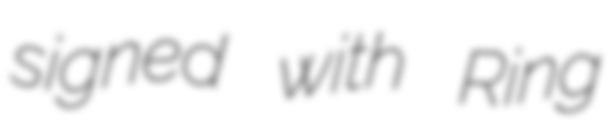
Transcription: signed with Ring